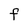
Character: F